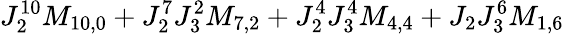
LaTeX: J_{2}^{10}M_{10,0}+J_{2}^{7}J_{3}^{2}M_{7,2}+J_{2}^{4}J_{3}^{4}M_{4,4}+J_{2}J_{3}^{6}M_{1,6}